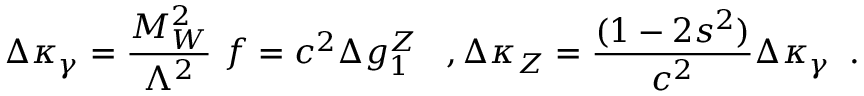
\Delta \kappa _ { \gamma } = \frac { M _ { W } ^ { 2 } } { \Lambda ^ { 2 } } ~ f = c ^ { 2 } \Delta g _ { 1 } ^ { Z } \; \; \; , \Delta \kappa _ { Z } = \frac { ( 1 - 2 s ^ { 2 } ) } { c ^ { 2 } } \Delta \kappa _ { \gamma } \; \; .